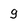
Character: g